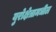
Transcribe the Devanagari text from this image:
युरोक्षेत्रामधील